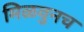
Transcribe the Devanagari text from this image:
मिळवुनच